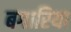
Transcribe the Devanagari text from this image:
बगारिया